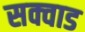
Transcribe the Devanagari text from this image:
सक्वाड